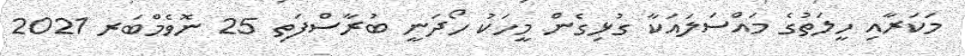
މަކަރާއި ހީލަތުގެ މައްސަލައަކާ ގުޅިގެން މީހަކު ހޯދަނީ ބުރާސްފަތި 25 ނޮވެމްބަރ 2021